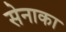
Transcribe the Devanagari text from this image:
सेनाका